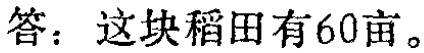
答：这块稻田有60亩。